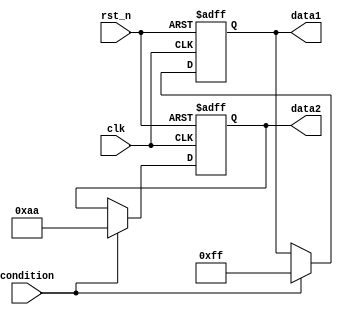
module ConditionalInitialization (
    input wire clk,          // Clock signal
    input wire rst_n,       // Active low reset signal
    input wire condition,    // Condition signal for initialization
    output reg [7:0] data1,  // Example output register 1
    output reg [7:0] data2   // Example output register 2
);

// Initial values (optional)
initial begin
    data1 = 8'h00; // Default initialization
    data2 = 8'h00; // Default initialization
end

// Conditional Initialization block
always @(posedge clk or negedge rst_n) begin
    if (!rst_n) begin
        // Reset condition: Initialize registers to known state
        data1 <= 8'h00; // Reset data1 to zero
        data2 <= 8'h00; // Reset data2 to zero
    end else if (condition) begin
        // Conditional initialization based on 'condition' signal
        data1 <= 8'hFF; // Set data1 to some predefined value
        data2 <= 8'hAA; // Set data2 to another predefined value
    end
end

endmodule